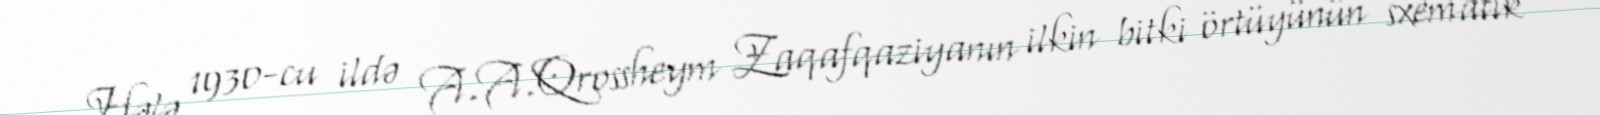
Hələ 1930-cu ildə A.A.Qrossheym Zaqafqaziyanın ilkin bitki örtüyünün sxematik